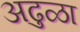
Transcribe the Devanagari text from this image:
अढुळा